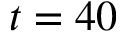
t = 4 0